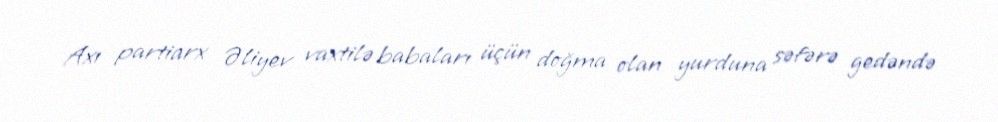
Axı partiarx Əliyev vaxtilə babaları üçün doğma olan yurduna səfərə gedəndə